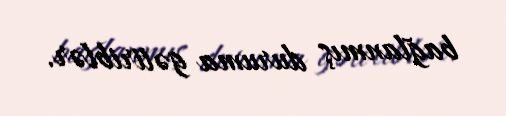
bağlanmış duruma gətiriblər.